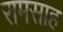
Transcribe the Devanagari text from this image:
रामसाह